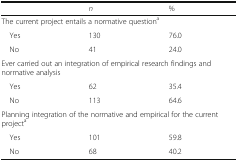
<table><thead><tr><td></td><td><b><i>n</i></b></td><td><b>%</b></td></tr></thead><tbody><tr><td colspan="3">The current project entails a normative question<sup>a</sup></td></tr><tr><td> Yes</td><td>130</td><td>76.0</td></tr><tr><td> No</td><td>41</td><td>24.0</td></tr><tr><td colspan="3">Ever carried out an integration of empirical research findings and normative analysis</td></tr><tr><td> Yes</td><td>62</td><td>35.4</td></tr><tr><td> No</td><td>113</td><td>64.6</td></tr><tr><td colspan="3">Planning integration of the normative and empirical for the current project<sup>a</sup></td></tr><tr><td> Yes</td><td>101</td><td>59.8</td></tr><tr><td> No</td><td>68</td><td>40.2</td></tr></tbody></table>